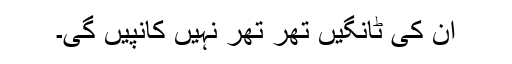
ان کی ٹانگیں تھر تھر نہیں کانپیں گی۔